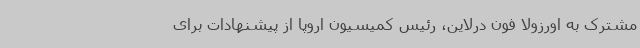
مشترک به اورزولا فون درلاین، رئیس کمیسیون اروپا از پیشنهادات برای